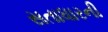
સતાધારની